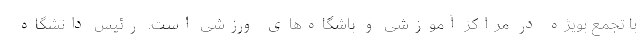
با تجمع بویژه در مراکز آموزشی و باشگاه‌های ورزشی است. رئیس دانشگاه